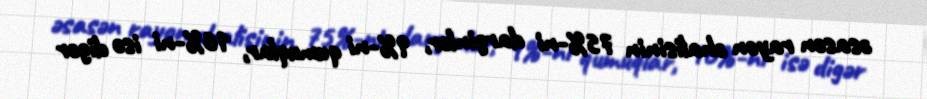
əsasən rayon əhalisinin 75%-ni darginlər, 9%-ni qumuqlar, 16%-ni isə digər